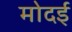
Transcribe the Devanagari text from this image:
मोदई